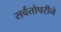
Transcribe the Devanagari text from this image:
सर्वतोपरीने